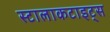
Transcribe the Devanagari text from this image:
स्टालाकटाइट्स